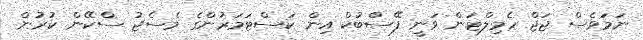
ނަމަވެސް ޖަޖް ހެމިލްޓަން ވަނީ ފޭސްބުކް އިން ކަސްޓަމަރުންގެ މެސެޖު ސްކޭން ކުރުން